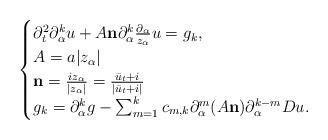
LaTeX: \begin{align*}\begin{cases}\partial_t^2\partial_{\alpha}^k u+A\bold{n}\partial_{\alpha}^k \frac{\partial_{\alpha}}{z_{\alpha}}u=g_k,\\A=a|z_{\alpha}|\\\bold{n}=\frac{iz_{\alpha}}{|z_{\alpha}|}=\frac{\bar{u}_t+i}{|\bar{u}_t+i|}\\g_k=\partial_{\alpha}^k g-\sum_{m=1}^k c_{m,k}\partial_{\alpha}^m (A\bold{n}) \partial_{\alpha}^{k-m}Du.\end{cases}\end{align*}